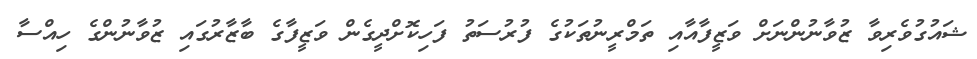
ޝައުގުވެރިވާ ޒުވާނުންނަށް ވަޒީފާއާއި ތަމްރީނުތަކުގެ ފުރުސަތު ފަހިކޮށްދީގެން ވަޒީފާގެ ބާޒާރުގައި ޒުވާނުންގެ ހިއްސާ